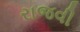
રાજવી